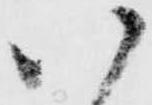
い